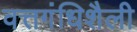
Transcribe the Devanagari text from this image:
वत्तगंधिशैली